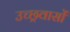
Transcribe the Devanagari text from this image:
उच्छ्रवासों